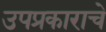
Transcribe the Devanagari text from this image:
उपप्रकाराचे